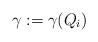
LaTeX: \begin{align*} \gamma:=\gamma(Q_i)\end{align*}